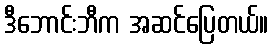
ဒီဘောင်းဘီက အဆင်ပြေတယ်။